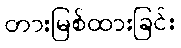
တားမြစ်ထားခြင်း